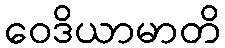
ဝေဒိယာမာတိ